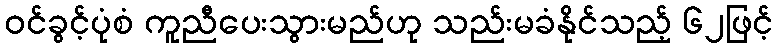
ဝင်ခွင့်ပုံစံ ကူညီပေးသွားမည်ဟု သည်းမခံနိုင်သည့် ၆၂ဖြင့်